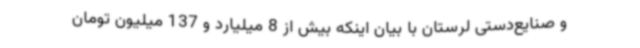
و صنایع‌دستی لرستان با بیان اینکه بیش از 8 میلیارد و 137 میلیون تومان